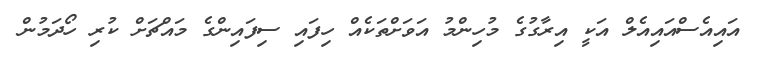
އައިއެސްއައިއެލް އަކީ އިރާގުގެ މުހިންމު އަވަށްތަކެއް ހިފައި ސިފައިންގެ މައްޗަށް ކުރި ހޯދަމުން